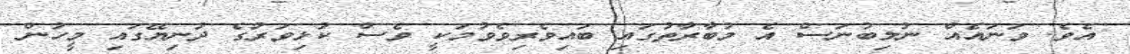
އެވެ. ވަނައެއް ނުލިބުނަސް އެ މުބާރާތުގައި ބައިވެރިވެވުމަކީ ވެސް ކުޅިވަރުގެ ދުނިޔޭގައި މީހުން